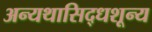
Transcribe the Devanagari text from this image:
अन्यथासिद्धशून्य